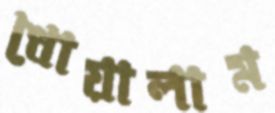
ধোয়ালাম